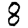
Digit: 8